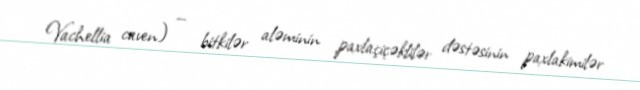
Vachellia caven) — bitkilər aləminin paxlaçiçəklilər dəstəsinin paxlakimilər